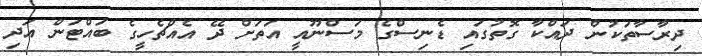
ދިރާސާތަކުން ދައްކާ ގޮތުގައި ޑެނިސްގެ މަސްނޫއީ އަތަށް ދޭ އެއްޗެހީގެ ބައްޓަން އަދި